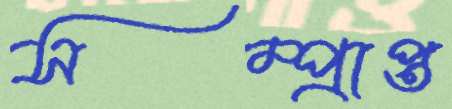
সম্প্রাপ্ত